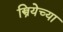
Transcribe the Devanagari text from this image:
स्त्रियेच्या